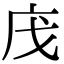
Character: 㡲